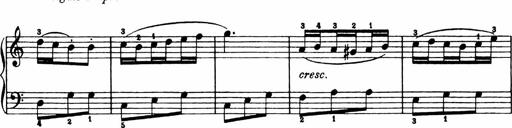
Title: Analytical Sonatinas
Composer: Frank Lynes